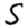
Digit: 5